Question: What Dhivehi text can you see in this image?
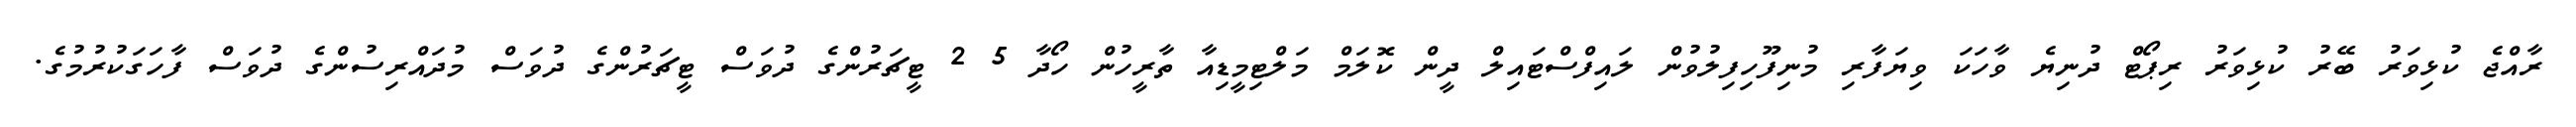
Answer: ރާއްޖެ ކުޅިވަރު ބޭރު ކުޅިވަރު ރިޕޯޓް ދުނިޔެ ވާހަކަ ވިޔަފާރި މުނިފޫހިފިލުވުން ލައިފްސްޓައިލް ދީން ކޮލަމް މަލްޓިމީޑިއާ ތާރީހުން ހޯދާ 5 2 ޓީޗަރުންގެ ދުވަސް ޓީޗަރުންގެ ދުވަސް މުދައްރިސުންގެ ދުވަސް ފާހަގަކުރުމުގެ.